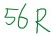
Text: 56R